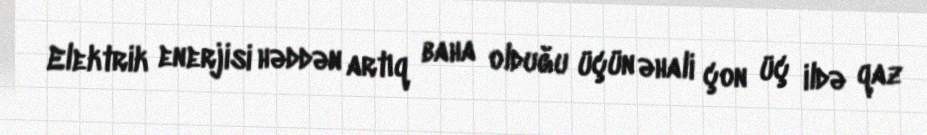
Elektrik enerjisi həddən artıq baha olduğu üçün əhali çon üç ildə qaz